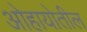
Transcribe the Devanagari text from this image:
ओहायोतील